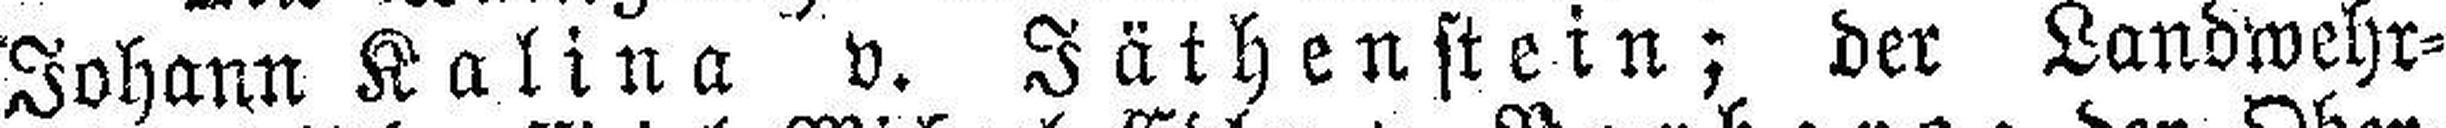
Johann Kalina v. Jäthenstein; der Landwehr¬